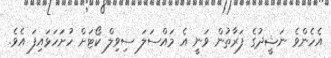
އެހެންވެ ނަޝީދުގެ ފަރާތުން ވަނީ އެ މައްސަލަ ސިވިލް ކޯޓަށް ހުށަހަޅައިފަ އެވެ.